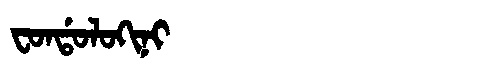
Manchu: ᠸᠣᠨᡩᠣᠯᠣᡴᡳᠨᡳ
Romanization: FONDOLOKINI